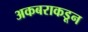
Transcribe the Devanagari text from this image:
अकबराकडून